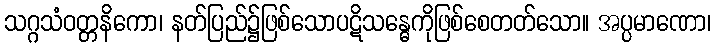
သဂ္ဂသံဝတ္တနိကော၊ နတ်ပြည်၌ဖြစ်သောပဋိသန္ဓေကိုဖြစ်စေတတ်သော။ အပ္ပမာဏော၊